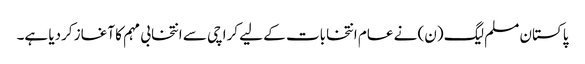
پاکستان مسلم لیگ (ن) نے عام انتخابات کے لیے کراچی سے انتخابی مہم کا آغاز کردیا ہے۔